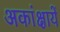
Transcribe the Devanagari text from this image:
अकांक्षायें